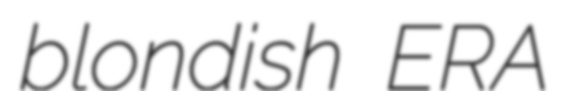
blondish ERA